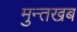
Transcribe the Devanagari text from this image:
मुन्तखब